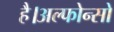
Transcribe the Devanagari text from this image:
है।अल्फोन्सो